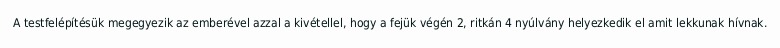
A testfelépítésük megegyezik az emberével azzal a kivétellel, hogy a fejük végén 2, ritkán 4 nyúlvány helyezkedik el amit lekkunak hívnak.